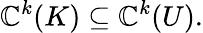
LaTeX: \mathbb{C}^{k}(K)\subseteq\mathbb{C}^{k}(U).